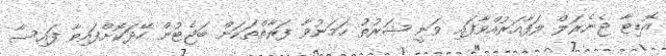
އޮޑިޓާ ޖެނެރަލް ލަފާއަރުއްވާފައި ވަނީ ޝަރުތު ހަމަނުވާ ފަރާތްތަކަށް ބަޖެޓުން ހޭދަކޮށްފައިވާ ފައިސާ